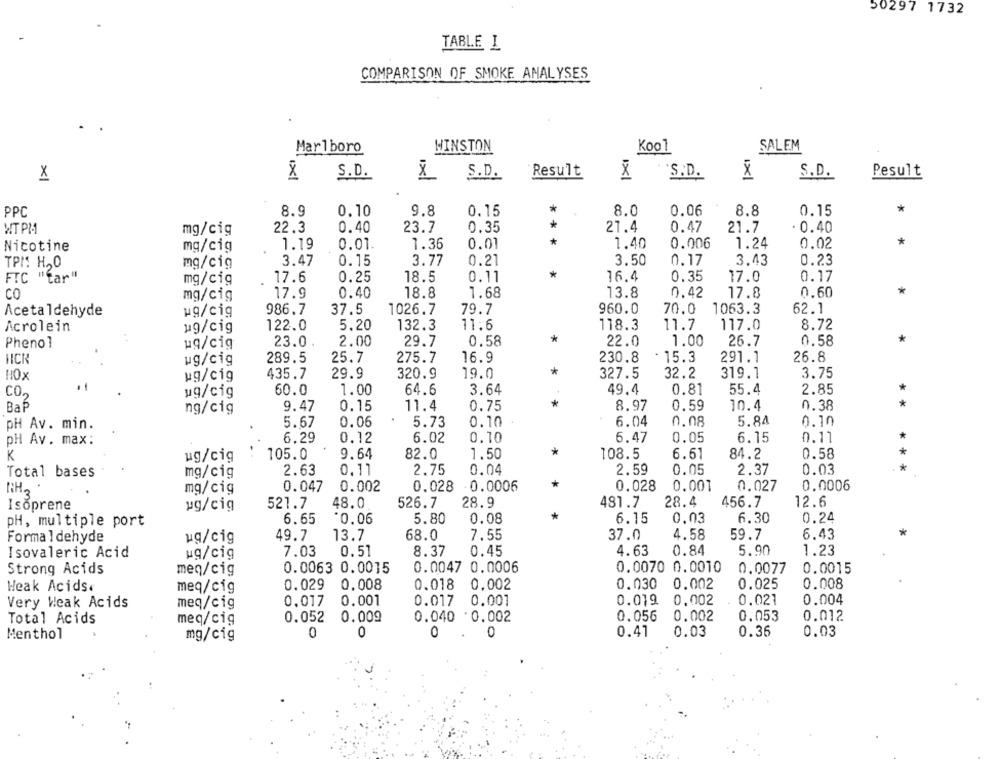
50297 1732
TABLE I
COMPARISON OF SMOKE ANALYSES
Marlboro
WINSTON
Kool
SALEM
S.D.
S.D.
Result
X
S.D.
X
S.D.
Pesult
X
PPC
8.9
0.10
9.8
0.15
*
8.0
0.06
8.8
0.15
23.7
*
21.4
0.47
WT PM
mg/cig
22.3
0.40
0.35
21.7
. 0.40
*
0.02
Nicotine
mg/cig
1.19
0.01
1.36
0.01
1.40
0.006
1.24
TPM: H,O
mg/cig
3.47
0.15
3.77
0.21
3.50
0.17
3.43
0.23
*
FTC "tar"
mg/cig
17.6
0.25
18.5
0.11
16.4
0.35
17.0
0.17
CO
17.9
0.40
18.8
1.68
13.8
0,42
17.8
0.60
mg/cig
Acetaldehyde
986.7
37.5
1026.7
79.7
960.0
70.0
1063.3
62.1
wg/cig
122.0
5.20
132.3
11:6
118.3
11.7
117.0
8.72
Acrolein
ug/cig
29.7
0.58
*
22.0
1.00
26.7
0.58
Phenol
ug/cig
23.0
2.00
16.9
26.8
NICK
ug/cig
289.5
25.7
275.7
230.8
· 15.3
291.1
*
32.2
HOX
ug/cig
435.7
29.9
320.9
19.0
327.5
319.1
3.75
CO2
ug/cig
60.0
1.00
64.6
3.64
49.4
0.81
55.4
2.85
*
Bal
ng/cig
9.47
0.15
11.4
0.75
8.97
0.59
10.4
0.38
*
PH Av. min.
5.67
0.06
5.73
0.10
6.04
0.08
5.84
0.10
pH Av. max :
6.29
0.12
6.02
0.10
6.47
0.05
6.15
0.11
K
105.0
9.64
82.0
1.50
*
108.5
6.61
84.2
0.58
ug/cig
0.04
2.59
0.05
2.37
0.03
***
Total bases
mg/cig
2.63
0,11
2.75
*
mg/cig
0.047
0.002
0.028
0.0006
0.028
0.001
0.027
0.0006
Isoprene
ug/cig
521.7
48.0
526.7
28.9
481.7
28.4
456.7
12.6
*
pH, multiple port
6.65
0.06
5.80
0.08
6.15
0,03
6.30
0.24
Formal dehyde
ug/cig
49.7
13.7
68.0
7.55
37.0
4.58
59.7
6.43
Isovaleric Acid
ug/cig
7.03
0.51
8.37
0.45
4.63
0.84
5.90
1.23
Strong Acids
0.0063 0.0015
0.0047 0.0006
0.0070 0.0010
0.0077
0.0015
meq/cig
0.008
Heak Acids
meq/cig
0.029
0.008
0.018
0,002
0.030 0.002
0.025
0.004
Very Weak Acids
meq/cig
0.017
0.001
0.017
0.001
0.019
0,002
0.021
Total Acids
meq/cig
0.052 0.009
0.040 0.002
0.056
0.002
0.053
0.012
Menthol
mg/cig
0
0
0
0.41
0.03
0.36
0.03